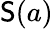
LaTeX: {\mathsf{S}}(a)